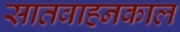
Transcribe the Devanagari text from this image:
सातवाहनकाल